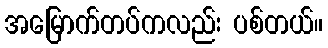
အမြောက်တပ်ကလည်း ပစ်တယ်။